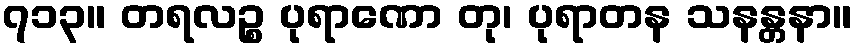
၇၁၃။ တရလဉ္စ ပုရာဏော တု၊ ပုရာတန သနန္တနာ။